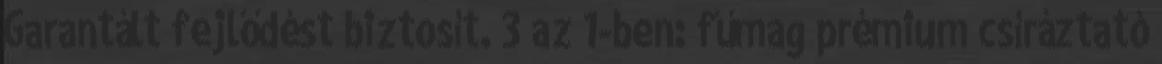
Garantált fejlődést biztosít. 3 az 1-ben: fűmag prémium csíráztató